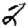
Digit: 2